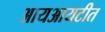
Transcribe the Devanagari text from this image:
आयआयटीत